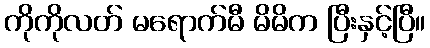
ကိုကိုလတ် မရောက်မီ မိမိက ပြီးနှင့်ပြီ။